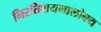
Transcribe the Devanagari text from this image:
निरतिशयमालोक्य